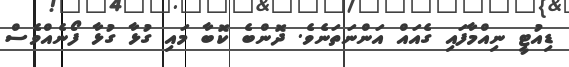
ޑިއުޓީ ނިއްމާފައި ގެއައް އަންނަތަނެވެ. ދޮންބެ ކޮބާ މައި ގުޅާ ގުޅާ ފޯނެއްވެސް